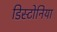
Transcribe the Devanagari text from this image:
डिस्टोनिया